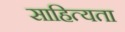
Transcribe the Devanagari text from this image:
साहित्यता